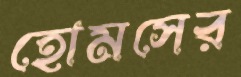
হোমসের